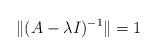
LaTeX: \begin{align*} \|(A - \lambda I)^{-1}\|= 1 \end{align*}